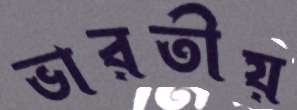
ভারতীয়